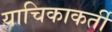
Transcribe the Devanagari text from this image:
याचिकाकर्ती